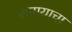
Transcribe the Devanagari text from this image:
रुपायाचा